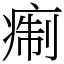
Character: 痸